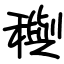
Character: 穥